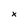
Character: x